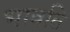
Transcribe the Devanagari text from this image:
भावति